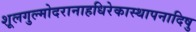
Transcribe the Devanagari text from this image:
शूलगुल्मोदरानाहधिरेकास्थापनादिषु